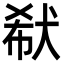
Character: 㹷